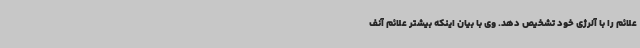
علائم را با آلرژی خود تشخیص دهد. وی با بیان اینکه بیشتر علائم آنف